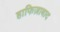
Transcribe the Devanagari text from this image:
हाफिज़ाबाद